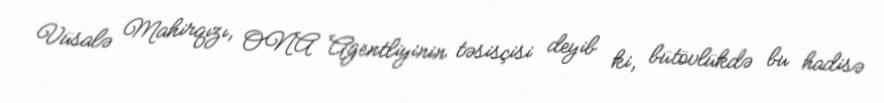
Vüsalə Mahirqızı, ONA Agentliyinin təsisçisi deyib ki, bütövlükdə bu hadisə